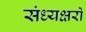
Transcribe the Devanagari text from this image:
संध्यक्षरों